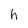
Character: h